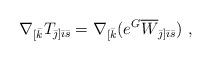
LaTeX: \begin{align*}\nabla_{[\bar{k}} T_{{\bar\jmath}]{\bar\imath}{\bar{s}}} =\nabla_{[\bar{k}}(e^G \overline{W}_{{\bar\jmath}] {\bar\imath} \bar{s}})\ ,\end{align*}